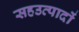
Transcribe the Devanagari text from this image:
सहउत्पादों